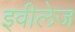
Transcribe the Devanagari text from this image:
इवीलेज